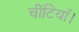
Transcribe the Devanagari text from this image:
चींटियाँ।